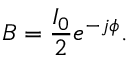
B = { \frac { I _ { 0 } } { 2 } } e ^ { - j \phi } .